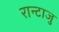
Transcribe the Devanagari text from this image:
रान्टाजु